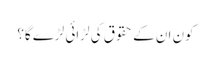
کون ان کے حقوق کی لڑائی لڑے گا؟